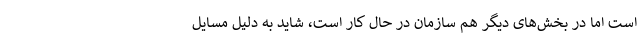
است اما در بخش‌های دیگر هم سازمان در حال کار است، شاید به دلیل مسایل